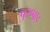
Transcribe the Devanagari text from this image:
पुरप्पाड